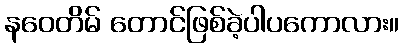
နဝေတိမ် တောင်ဖြစ်ခဲ့ပါပကောလား။